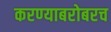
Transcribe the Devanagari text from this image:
करण्‍याबरोबरच